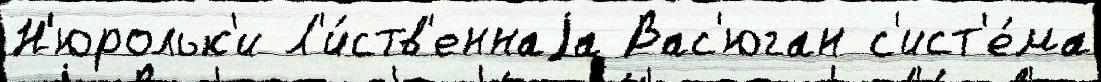
Н'юрольк'и Л'и́ств'еннаjа Вас'юган с'ист'е́ма